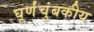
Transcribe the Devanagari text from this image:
घूर्णंचुंबकीय